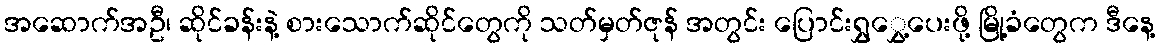
အဆောက်အဦ၊ ဆိုင်ခန်းနဲ့ စားသောက်ဆိုင်တွေကို သတ်မှတ်ဇုန် အတွင်း ပြောင်းရွှွှေ့ပေးဖို့ မြို့ခံတွေက ဒီနေ့